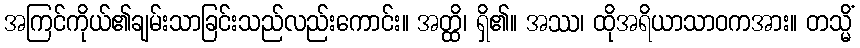
အကြင်ကိုယ်၏ချမ်းသာခြင်းသည်လည်းကောင်း။ အတ္ထိ၊ ရှိ၏။ အဿ၊ ထိုအရိယာသာဝကအား။ တသ္မိံ